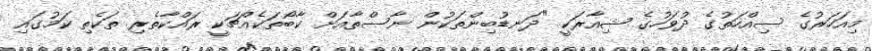
މިއަހަރުގެ ސިއްހަތުގެ ދުވަހުގެ ޝިއާރަކީ "ދަނޑުބިންތަކުން ނާސްތާއަށް ކާބޯތަކެއްޗަކީ ރައްކާތެރި ތަކެތި ކަމުގައި